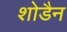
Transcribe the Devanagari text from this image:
शोडैन